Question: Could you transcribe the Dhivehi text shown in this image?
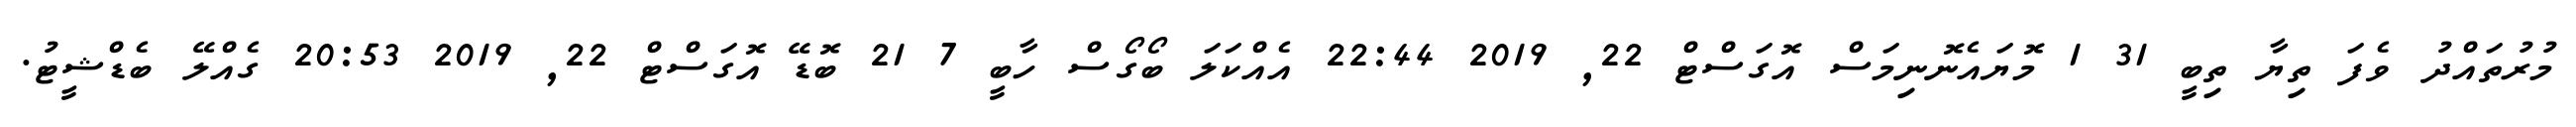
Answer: މުރުތައްދު ވެފަ ތިޔާ ތިބީ 31 1 މޮޔައެނޮނިމަސް އޮގަސްޓް 22, 2019 22:44 އެއްކަލަ ބޯގޯސް ހާބީ 7 21 ބޮޑޭ އޮގަސްޓް 22, 2019 20:53 ގެއްލޭ ބެޑްޝީޓު.